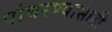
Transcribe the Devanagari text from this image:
पांघरण्यासाठी